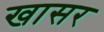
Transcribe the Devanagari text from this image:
खासर